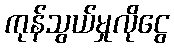
ကုန်သွယ်မှုလိုငွေ